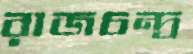
রাজচন্দ্র